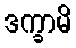
ဒက္ခာမိ